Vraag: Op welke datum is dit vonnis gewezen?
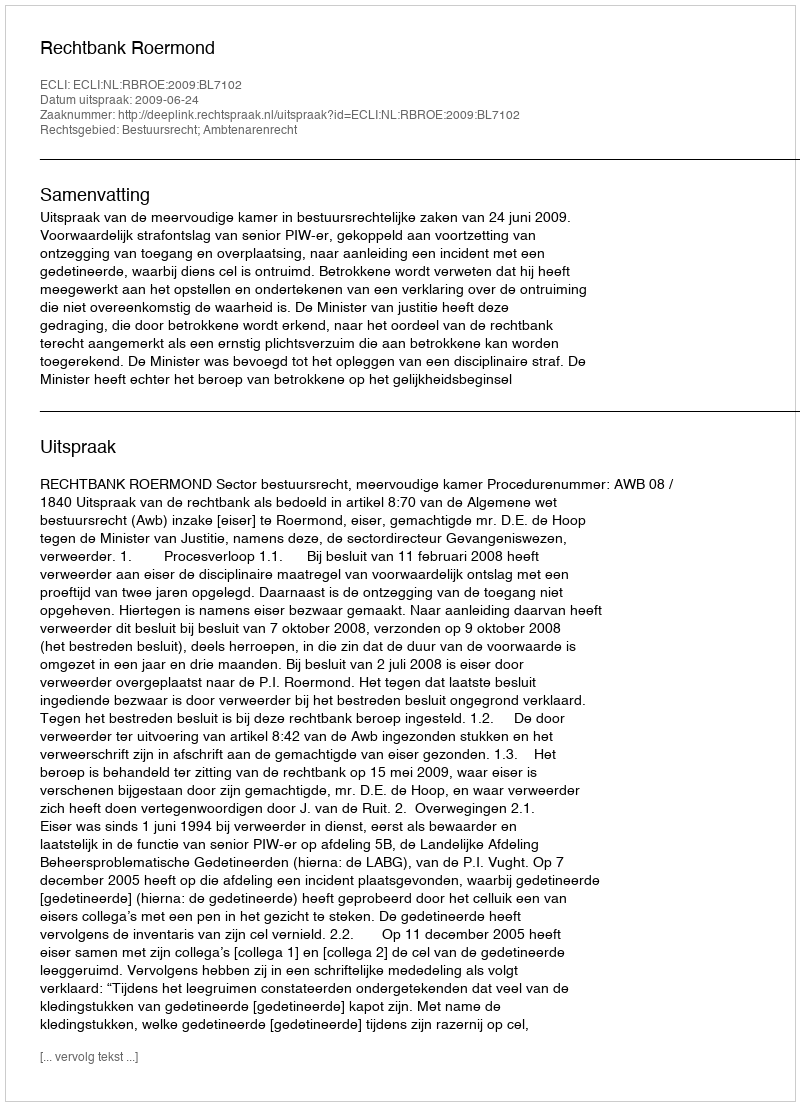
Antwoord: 2009-06-24